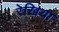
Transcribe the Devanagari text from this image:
रेखिया